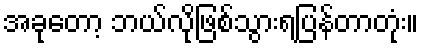
အခုတော့ ဘယ်လိုဖြစ်သွားရပြန်တာတုံး။